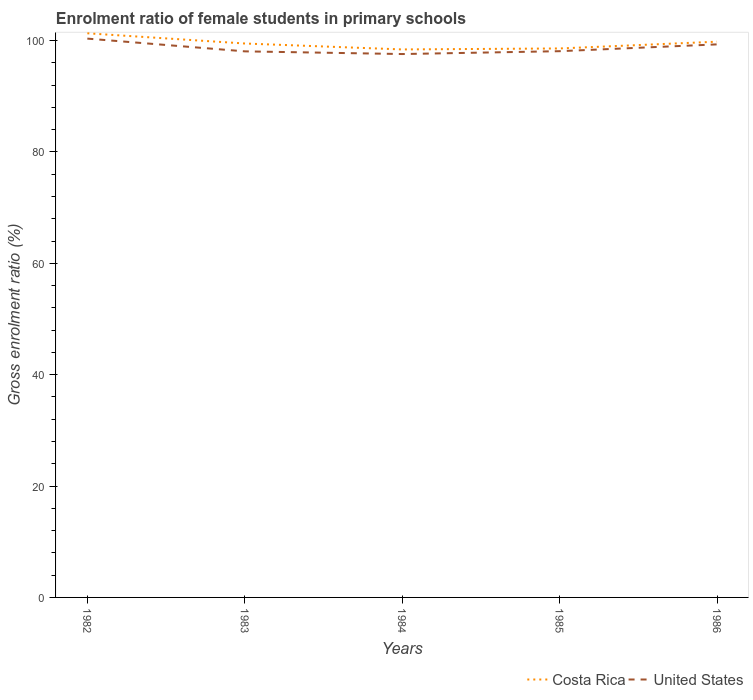
| Years | Costa Rica | United States |
 | --- | --- | --- |
 | 1982 | 101 | 100 |
 | 1983 | 99.5 | 98.1 |
 | 1984 | 98.4 | 97.6 |
 | 1985 | 98.6 | 98.1 |
 | 1986 | 99.8 | 99.3 |